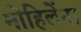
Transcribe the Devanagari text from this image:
मोहिलेंना